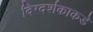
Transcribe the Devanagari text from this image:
दिग्दर्शकाकडे